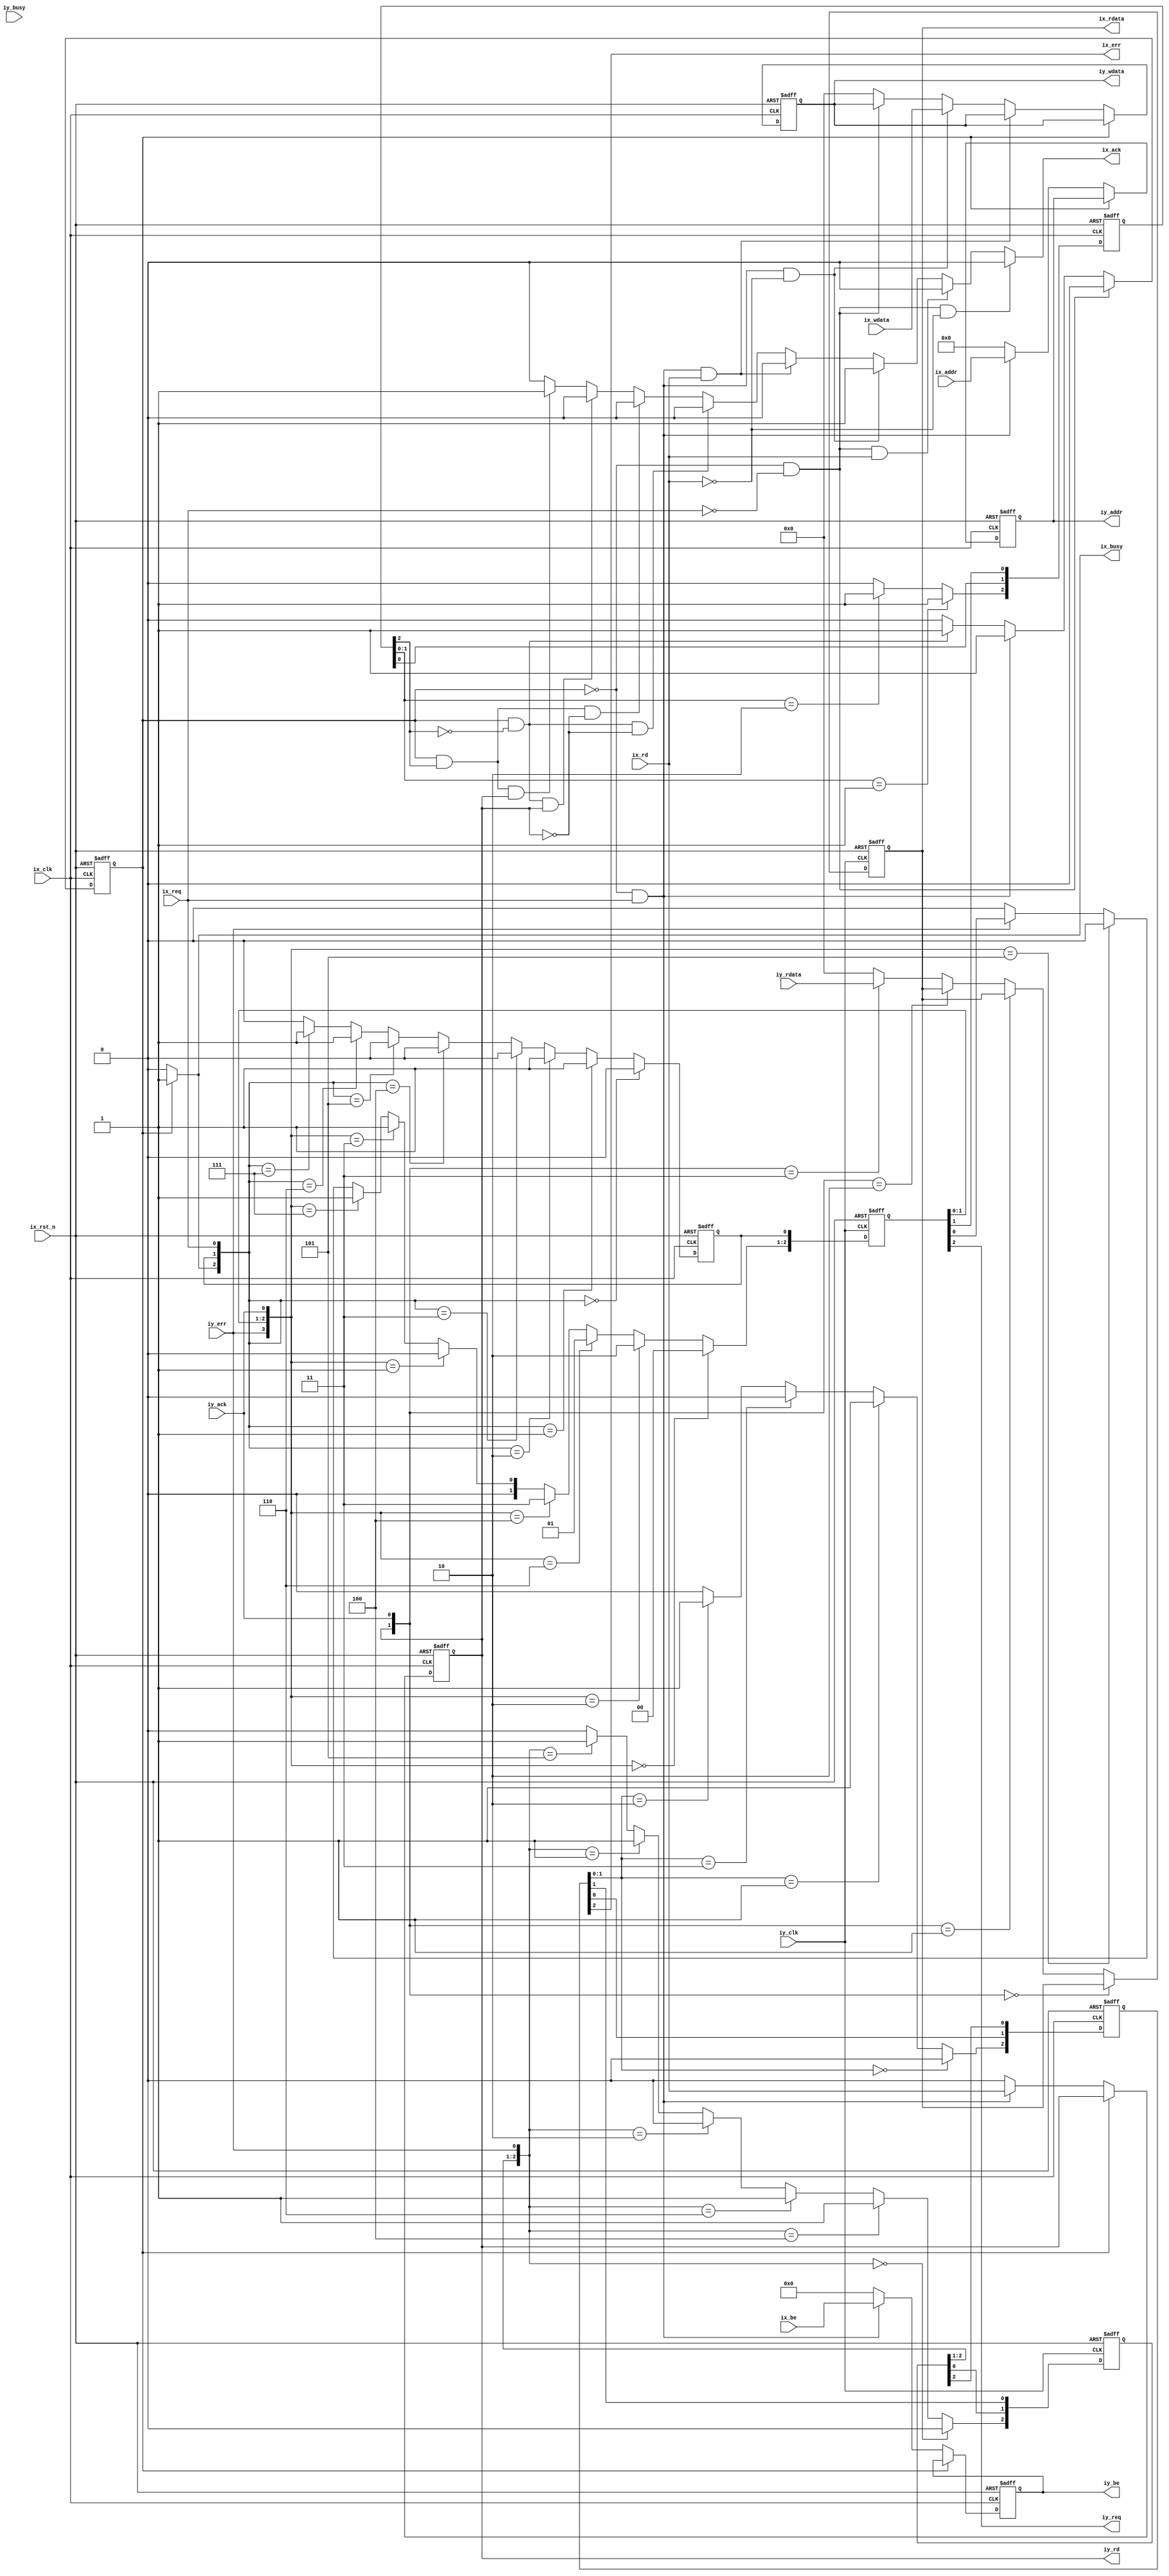
//------------------------------------------------------------------------------
//
//  sp3a_xy64.v : 64bit bus connection module
//
//  LICENSE : "as-is"
//  copyright (C) 2000, TakeshiNagashima caramelgate@gmail.com
//------------------------------------------------------------------------------
//  2000        release 1.0  at one's own risk
//  2009/mar/01              bus width adjust
//
//------------------------------------------------------------------------------

module sp3a_xy64(
	iy_addr,			// out   [I-Y] [31:0] addr output
	iy_rdata,			// in    [I-Y] [63:0] data input
	iy_wdata,			// out   [I-Y] [63:0] data output
	iy_be,				// out   [I-Y] [7:0] be
	iy_rd,				// out   [I-Y] read/#write
	iy_busy,			// in    [I-Y] busy/#ready
	iy_req,				// out   [I-Y] req
	iy_ack,				// in    [I-Y] ack
	iy_err,				// in    [I-Y] exception error
	iy_clk,				// in    [I-Y] y-clk

	ix_addr,			// in    [I-X] [31:0] addr input
	ix_rdata,			// out   [I-X] [63:0] data output
	ix_wdata,			// in    [I-X] [63:0] data input
	ix_be,				// in    [I-X] [7:0] be
	ix_rd,				// in    [I-X] read/#write
	ix_busy,			// out   [I-X] busy/#ready
	ix_req,				// in    [I-X] req
	ix_ack,				// out   [I-X] ack
	ix_err,				// out   [I-X] exception error
	ix_rst_n,			// in    [I-X] #reset
	ix_clk				// in    [I-X] x-clk
);

//--------------------------------------------------------------
//  port

	output	[31:0] iy_addr;
	input	[63:0] iy_rdata;
	output	[63:0] iy_wdata;
	output	[7:0] iy_be;
	output	iy_rd;
	input	iy_busy;
	output	iy_req;
	input	iy_ack;
	input	iy_err;
	input	iy_clk;

	input	[31:0] ix_addr;
	output	[63:0] ix_rdata;
	input	[63:0] ix_wdata;
	input	[7:0] ix_be;
	input	ix_rd;
	output	ix_busy;
	input	ix_req;
	output	ix_ack;
	output	ix_err;

	input	ix_rst_n;
	input	ix_clk;

//--------------------------------------------------------------
//  constant

	// ---- connect state ----

	parameter	ixck_iy_st00=1'b0;	// target idle
	parameter	ixck_iy_st01=1'b1;	// target busy

//--------------------------------------------------------------
//  signal

	// ---- ix - iy interconnect ----

	wire	ixck_iy_busy;
	wire	ixck_iy_ack;

	wire	[31:0] ixck_iy_addr_w;
	reg		[31:0] ixck_iy_addr_r;

	wire	[63:0] ixck_iy_wdata_out_w;
	reg		[63:0] ixck_iy_wdata_out_r;

	wire	[7:0] ixck_iy_be_w;
	reg		[7:0] ixck_iy_be_r;

	wire	ixck_iy_rd_w;
	reg		ixck_iy_rd_r;

	wire	ixck_iy_req_w;
	reg		ixck_iy_req_r;

	wire	[2:0] ixck_iy_ack_w;
	reg		[2:0] ixck_iy_ack_r;

	wire	ixck_iy_state_w;
	reg		ixck_iy_state_r;

	wire	[2:0] ixck_iy_err_w;
	reg		[2:0] ixck_iy_err_r;

	wire	[2:0] iyck_iy_req_w;
	reg		[2:0] iyck_iy_req_r;

	wire	[63:0] iyck_iy_wdata_in_w;
	reg		[63:0] iyck_iy_wdata_in_r;

	wire	[2:0] iyck_iy_err_w;
	reg		[2:0] iyck_iy_err_r;

//--------------------------------------------------------------
//  design

	assign ix_rdata[63:0]=iyck_iy_wdata_in_r[63:0];
	assign ix_busy=ixck_iy_busy;
	assign ix_ack=ixck_iy_ack;
	assign ix_err=ixck_iy_err_r[2];

	// ---- ix - iy interconnect ----

	assign iy_addr[31:0]=ixck_iy_addr_r[31:0];
	assign iy_wdata[63:0]=ixck_iy_wdata_out_r[63:0];
	assign iy_be[7:0]=ixck_iy_be_r[7:0];
	assign iy_rd=ixck_iy_rd_r;
	assign iy_req=iyck_iy_req_r[2];

	// ---- ----

	assign ixck_iy_busy=(ixck_iy_state_r==ixck_iy_st00) ? 1'b0 : 1'b1;
	assign ixck_iy_ack=
			(ixck_iy_state_r==ixck_iy_st00) & (ix_req==1'b0) & (ix_rd==1'b0) ? 1'b0 :
			(ixck_iy_state_r==ixck_iy_st00) & (ix_req==1'b0) & (ix_rd==1'b1) ? 1'b0 :
			(ixck_iy_state_r==ixck_iy_st00) & (ix_req==1'b1) & (ix_rd==1'b0) ? 1'b1 :
			(ixck_iy_state_r==ixck_iy_st00) & (ix_req==1'b1) & (ix_rd==1'b1) ? 1'b0 :
			(ixck_iy_state_r==ixck_iy_st01) & (ixck_iy_ack_r[2]==1'b0) & (ixck_iy_rd_r==1'b0) ? 1'b0 :
			(ixck_iy_state_r==ixck_iy_st01) & (ixck_iy_ack_r[2]==1'b1) & (ixck_iy_rd_r==1'b0) ? 1'b0 :
			(ixck_iy_state_r==ixck_iy_st01) & (ixck_iy_ack_r[2]==1'b0) & (ixck_iy_rd_r==1'b1) ? 1'b0 :
			(ixck_iy_state_r==ixck_iy_st01) & (ixck_iy_ack_r[2]==1'b1) & (ixck_iy_rd_r==1'b1) ? 1'b1 :
			1'b0;

	always @(posedge ix_clk or negedge ix_rst_n)
	begin
		if (ix_rst_n==1'b0)
			begin
				ixck_iy_state_r <= ixck_iy_st00;
				ixck_iy_wdata_out_r[63:0] <= 64'h00000000;
				ixck_iy_be_r[7:0] <= 8'h0;
				ixck_iy_addr_r[31:0] <= 64'h00000000;
				ixck_iy_rd_r <= 1'b0;
				ixck_iy_req_r <= 1'b0;
				ixck_iy_ack_r[0] <= 1'b0;
				ixck_iy_ack_r[1] <= 1'b0;
				ixck_iy_ack_r[2] <= 1'b0;
				ixck_iy_err_r[2:0] <= 3'b111;
			end
		else
			begin
				ixck_iy_state_r <= ixck_iy_state_w;
				ixck_iy_wdata_out_r[63:0] <= ixck_iy_wdata_out_w[63:0];
				ixck_iy_be_r[7:0] <= ixck_iy_be_w[7:0];
				ixck_iy_addr_r[31:0] <= ixck_iy_addr_w[31:0];
				ixck_iy_rd_r <= ixck_iy_rd_w;
				ixck_iy_req_r <= ixck_iy_req_w;
				ixck_iy_ack_r[0] <= ixck_iy_ack_w[0];
				ixck_iy_ack_r[1] <= ixck_iy_ack_w[1];
				ixck_iy_ack_r[2] <= ixck_iy_ack_w[2];
				ixck_iy_err_r[2:0] <= ixck_iy_err_w[2:0];
			end
	end

	always @(posedge iy_clk or negedge ix_rst_n)
	begin
		if (ix_rst_n==1'b0)
			begin
				iyck_iy_req_r[0] <= 1'b0;
				iyck_iy_req_r[1] <= 1'b0;
				iyck_iy_req_r[2] <= 1'b0;
				iyck_iy_wdata_in_r[63:0] <= 64'h00000000;
				iyck_iy_err_r[2:0] <= 3'b111;
			end
		else
			begin
				iyck_iy_req_r[0] <= iyck_iy_req_w[0];
				iyck_iy_req_r[1] <= iyck_iy_req_w[1];
				iyck_iy_req_r[2] <= iyck_iy_req_w[2];
				iyck_iy_wdata_in_r[63:0] <= iyck_iy_wdata_in_w[63:0];
				iyck_iy_err_r[2:0] <= iyck_iy_err_w[2:0];
			end
	end

	assign ixck_iy_state_w=
			(ixck_iy_state_r==ixck_iy_st00) & (ix_req==1'b0) ? ixck_iy_st00 :
			(ixck_iy_state_r==ixck_iy_st00) & (ix_req==1'b1) ? ixck_iy_st01 :
			(ixck_iy_state_r==ixck_iy_st01) & (ixck_iy_ack_r[2]==1'b0) ? ixck_iy_st01 :
			(ixck_iy_state_r==ixck_iy_st01) & (ixck_iy_ack_r[2]==1'b1) ? ixck_iy_st00 :
			ixck_iy_st00;

	assign ixck_iy_wdata_out_w[63:0]=
			(ixck_iy_busy==1'b1) ? ixck_iy_wdata_out_r[63:0] :
			(ixck_iy_busy==1'b0) & (ix_req==1'b1) & (ix_rd==1'b1) ? ixck_iy_wdata_out_r[63:0] :
			(ixck_iy_busy==1'b0) & (ix_req==1'b1) & (ix_rd==1'b0) ? ix_wdata[63:0] :
			(ixck_iy_busy==1'b0) & (ix_req==1'b0) ? ixck_iy_wdata_out_r[63:0] :
			64'h00000000;

	assign ixck_iy_be_w[7:0]=
			(ixck_iy_busy==1'b1) ? ixck_iy_be_r[7:0] :
			(ixck_iy_busy==1'b0) & (ix_req==1'b1) ? ix_be[7:0] :
			(ixck_iy_busy==1'b0) & (ix_req==1'b0) ? 8'h0 :
			8'h0;

	assign ixck_iy_addr_w[31:0]=
			(ixck_iy_busy==1'b1) ? ixck_iy_addr_r[31:0] :
			(ixck_iy_busy==1'b0) & (ix_req==1'b1) ? ix_addr[31:0] :
			(ixck_iy_busy==1'b0) & (ix_req==1'b0) ? 64'h00000000 :
			64'h00000000;

	assign ixck_iy_rd_w=
			(ixck_iy_busy==1'b1) ? ixck_iy_rd_r :
			(ixck_iy_busy==1'b0) & (ix_req==1'b1) ? ix_rd :
			(ixck_iy_busy==1'b0) & (ix_req==1'b0) ? 1'b0 :
			1'b0;

	assign ixck_iy_req_w=
			({ixck_iy_busy,ixck_iy_req_r,ix_req}==3'b000) ? 1'b0 :
			({ixck_iy_busy,ixck_iy_req_r,ix_req}==3'b001) ? 1'b1 :
			({ixck_iy_busy,ixck_iy_req_r,ix_req}==3'b010) ? 1'b1 :
			({ixck_iy_busy,ixck_iy_req_r,ix_req}==3'b011) ? 1'b0 :
			({ixck_iy_busy,ixck_iy_req_r,ix_req}==3'b100) ? 1'b0 :
			({ixck_iy_busy,ixck_iy_req_r,ix_req}==3'b101) ? 1'b0 :
			({ixck_iy_busy,ixck_iy_req_r,ix_req}==3'b110) ? 1'b1 :
			({ixck_iy_busy,ixck_iy_req_r,ix_req}==3'b111) ? 1'b1 :
			1'b0;

	assign ixck_iy_ack_w[0]=iyck_iy_req_r[1];
	assign ixck_iy_ack_w[1]=ixck_iy_ack_r[0];
	assign ixck_iy_ack_w[2]=
			(ixck_iy_ack_r[1:0]==2'b01) ? 1'b1 :
			(ixck_iy_ack_r[1:0]==2'b10) ? 1'b1 :
			(ixck_iy_ack_r[1:0]==2'b00) ? 1'b0 :
			(ixck_iy_ack_r[1:0]==2'b11) ? 1'b0 :
			1'b0;

	assign ixck_iy_err_w[0]=iyck_iy_err_r[2];
	assign ixck_iy_err_w[1]=ixck_iy_err_r[0];
	assign ixck_iy_err_w[2]=
			(ixck_iy_err_r[1:0]==2'b00) ? 1'b0 :
			(ixck_iy_err_r[1:0]==2'b01) ? 1'b1 :
			(ixck_iy_err_r[1:0]==2'b11) ? 1'b0 :
			(ixck_iy_err_r[1:0]==2'b10) ? 1'b1 :
			1'b0;

	assign iyck_iy_req_w[0]=ixck_iy_req_r;
	assign iyck_iy_req_w[2:1]=
			({iy_err,iyck_iy_req_r[1:0],iy_ack}==4'b0000) ? 2'b00 :
			({iy_err,iyck_iy_req_r[1:0],iy_ack}==4'b0010) ? 2'b10 :
			({iy_err,iyck_iy_req_r[1:0],iy_ack}==4'b0110) ? 2'b01 :
			({iy_err,iyck_iy_req_r[1:0],iy_ack}==4'b0100) ? 2'b11 :
			({iy_err,iyck_iy_req_r[1:0],iy_ack}==4'b0001) ? 2'b00 :
			({iy_err,iyck_iy_req_r[1:0],iy_ack}==4'b0011) ? 2'b01 :
			({iy_err,iyck_iy_req_r[1:0],iy_ack}==4'b0111) ? 2'b01 :
			({iy_err,iyck_iy_req_r[1:0],iy_ack}==4'b0101) ? 2'b00 :
			(iy_err==1'b1) ? {1'b0,iyck_iy_req_r[0]} :
			2'b00;

	assign iyck_iy_wdata_in_w[63:0]=
			({ixck_iy_rd_r,iy_ack}==2'b00) ? iyck_iy_wdata_in_r[63:0] :
			({ixck_iy_rd_r,iy_ack}==2'b01) ? iyck_iy_wdata_in_r[63:0] :
			({ixck_iy_rd_r,iy_ack}==2'b10) ? iyck_iy_wdata_in_r[63:0] :
			({ixck_iy_rd_r,iy_ack}==2'b11) ? iy_rdata[63:0] :
			64'h00000000;

	assign iyck_iy_err_w[0]=ixck_iy_err_r[1];
	assign iyck_iy_err_w[1]=iyck_iy_err_r[0];

	assign iyck_iy_err_w[2]=
			({iyck_iy_err_r[2],iyck_iy_err_r[1],iy_err}==3'b000) ? 1'b0 :
			({iyck_iy_err_r[2],iyck_iy_err_r[1],iy_err}==3'b100) ? 1'b1 :
			({iyck_iy_err_r[2],iyck_iy_err_r[1],iy_err}==3'b110) ? 1'b1 :
			({iyck_iy_err_r[2],iyck_iy_err_r[1],iy_err}==3'b010) ? 1'b0 :
			({iyck_iy_err_r[2],iyck_iy_err_r[1],iy_err}==3'b001) ? 1'b1 :
			({iyck_iy_err_r[2],iyck_iy_err_r[1],iy_err}==3'b101) ? 1'b1 :
			({iyck_iy_err_r[2],iyck_iy_err_r[1],iy_err}==3'b111) ? 1'b0 :
			({iyck_iy_err_r[2],iyck_iy_err_r[1],iy_err}==3'b011) ? 1'b0 :
			1'b0;

endmodule